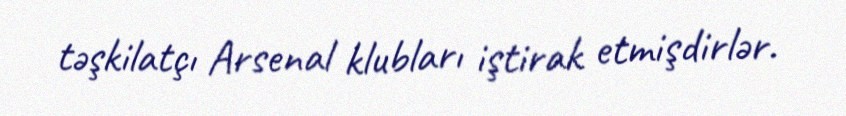
təşkilatçı Arsenal klubları iştirak etmişdirlər.